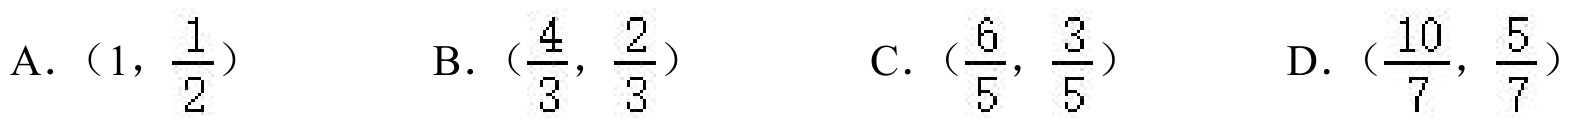
A．$(1,\frac{1}{2})$
B．$(\frac{4}{3},\frac{2}{3})$
C．$(\frac{6}{5},\frac{3}{5})$
D．$(\frac{10}{7},\frac{5}{7})$